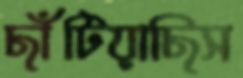
ছাঁটিয়াছিস